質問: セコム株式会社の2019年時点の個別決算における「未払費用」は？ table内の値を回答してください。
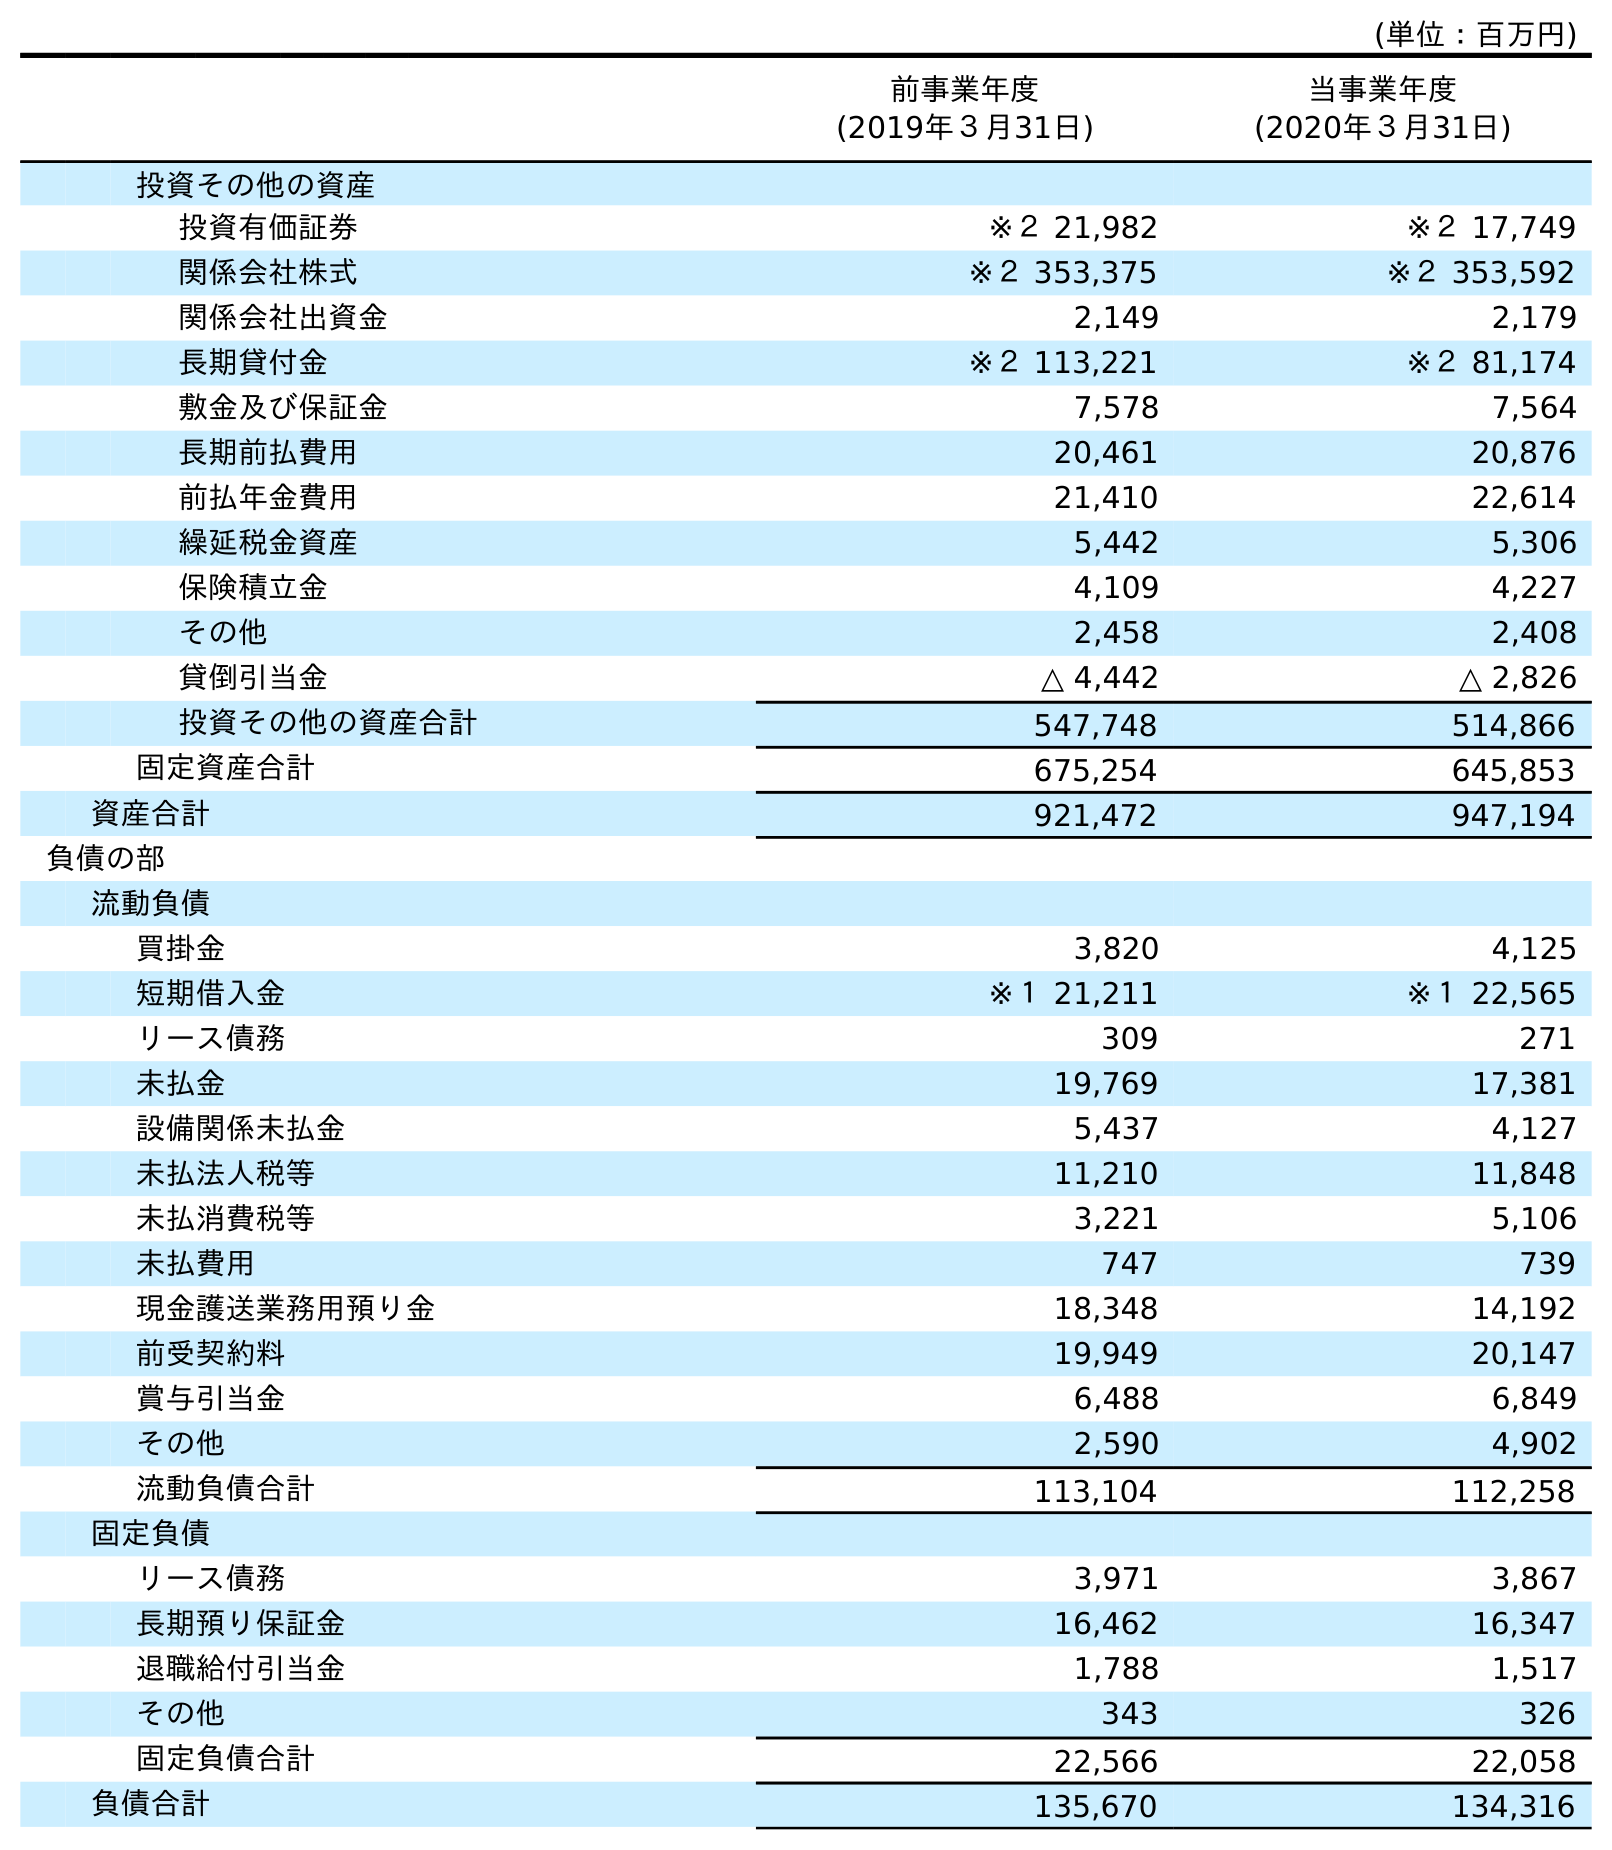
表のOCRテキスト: (単位：百万円) 前事業年度 (2019年３月31日) 当事業年度 (2020年３月31日) 投資その他の資産 投資有価証券 ※２ 21,982 ※２ 17,749 関係会社株式 ※２ 353,375 ※２ 353,592 関係会社出資金 2,149 2,179 長期貸付金 ※２ 113,221 ※２ 81,174 敷金及び保証金 7,578 7,564 長期前払費用 20,461 20,876 前払年金費用 21,410 22,614 繰延税金資産 5,442 5,306 保険積立金 4,109 4,227 その他 2,458 2,408 貸倒引当金 △ 4,442 △ 2,826 投資その他の資産合計 547,748 514,866 固定資産合計 675,254 645,853 資産合計 921,472 947,194 負債の部 流動負債 買掛金 3,820 4,125 短期借入金 ※１ 21,211 ※１ 22,565 リース債務 309 271 未払金 19,769 17,381 設備関係未払金 5,437 4,127 未払法人税等 11,210 11,848 未払消費税等 3,221 5,106 未払費用 747 739 現金護送業務用預り金 18,348 14,192 前受契約料 19,949 20,147 賞与引当金 6,488 6,849 その他 2,590 4,902 流動負債合計 113,104 112,258 固定負債 リース債務 3,971 3,867 長期預り保証金 16,462 16,347 退職給付引当金 1,788 1,517 その他 343 326 固定負債合計 22,566 22,058 負債合計 135,670 134,316
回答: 747